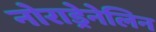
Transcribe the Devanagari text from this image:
नोराड्रेनेलिन